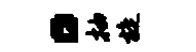
。抽旋